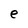
Character: e